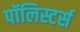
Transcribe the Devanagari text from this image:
पॉलिस्टर्स